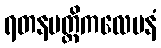
ရတနမတ္တိကလေပနံ